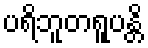
ပရိဘူတရူပန္တိ